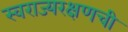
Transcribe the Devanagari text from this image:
स्वराज्यरक्षणची